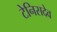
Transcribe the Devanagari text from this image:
टेनिसदेव